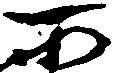
所